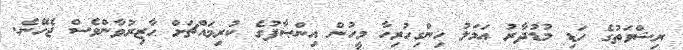
ރިޝްވަތުގެ ހަޑި މުޑުދާރު ޢަމަލު ހިންގިހުރިހާ މީހުން އިންޞާފުގެ ކުރިމައްޗަށް ޙާޒިރުވާންވެސް ޖެހޭނެ.